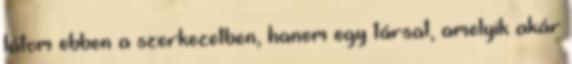
látom ebben a szerkezetben, hanem egy társat, amelyik akár